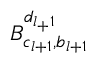
B _ { c _ { l + 1 } , b _ { l + 1 } } ^ { d _ { l _ { + } 1 } }